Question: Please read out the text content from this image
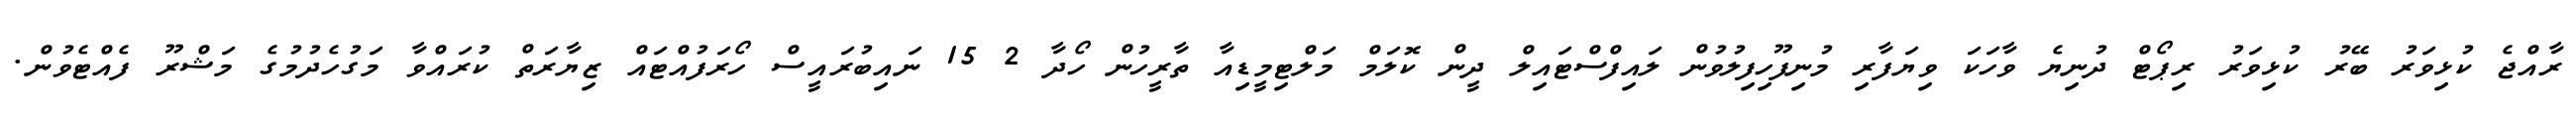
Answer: ރާއްޖެ ކުޅިވަރު ބޭރު ކުޅިވަރު ރިޕޯޓް ދުނިޔެ ވާހަކަ ވިޔަފާރި މުނިފޫހިފިލުވުން ލައިފްސްޓައިލް ދީން ކޮލަމް މަލްޓިމީޑިއާ ތާރީހުން ހޯދާ 2 15 ނައިބުރައީސް ހޯރަފުއްޓައް ޒިޔާރަތް ކުރައްވާ މަގުހެދުމުގެ މަޝްރޫ ފެއްޓެވުން.